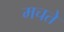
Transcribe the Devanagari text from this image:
मचते